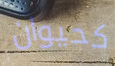
كحيوان